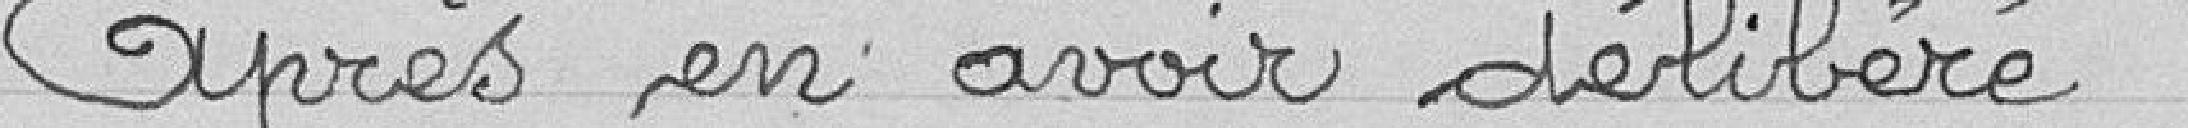
Après en avoir délibéré